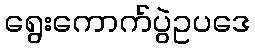
ရွေးကောက်ပွဲဥပဒေ